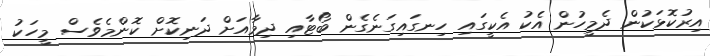
އިރުކޮޅަކުން ދެމީހުން އެކު އެކީގައި ހިނގައިގަނެގެން ބޯޓާއި ދިމާއަށް ދަނިކޮށް ކޮންމެވެސް މީހަކު